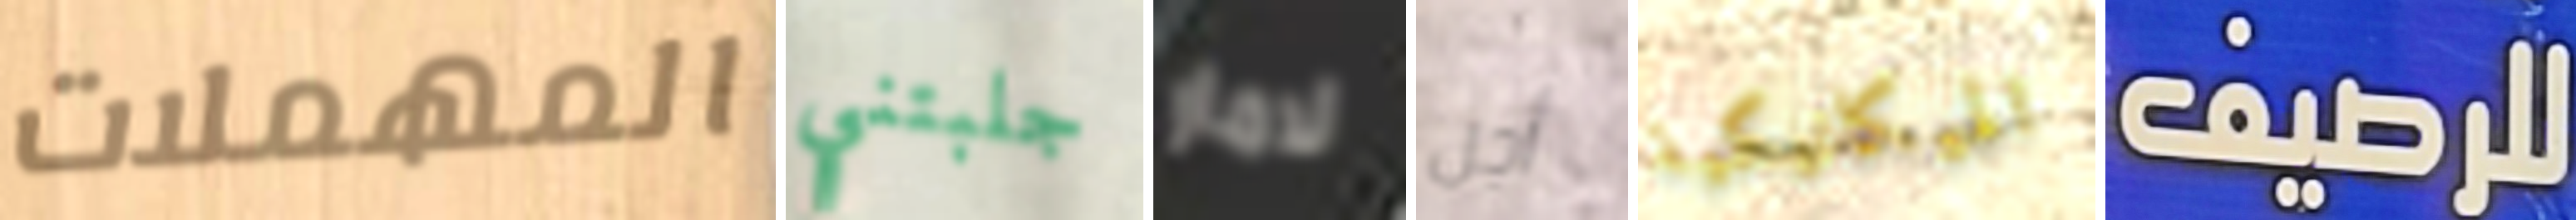
المهملات جلبتني لامار أجل الميكانيكية للرصيف